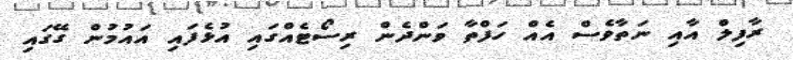
ރާފިލް އާއި ނަތާވެސް އެއް ހަފްތާ ވަންދެން ރިސޯޓެއްގައި އުޅެފައި އައުމުން ގޭގައި